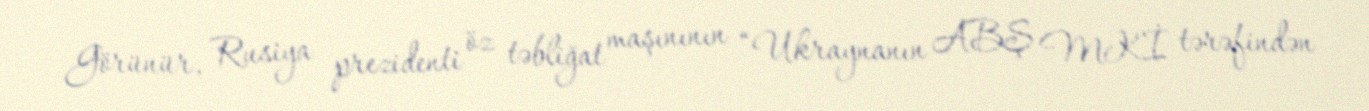
Görünür, Rusiya prezidenti öz təbliğat maşınının “Ukraynanın ABŞ MKİ tərəfindən